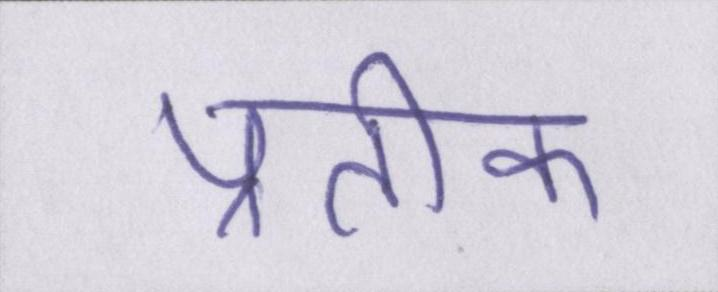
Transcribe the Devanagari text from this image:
प्रतीक